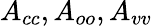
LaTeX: A_{cc},A_{oo},A_{vv}